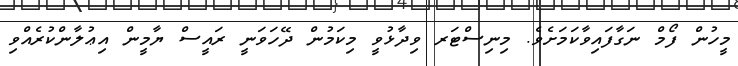
މީހުން ފޯމް ނަގާފައިވާކަމަށެވެ. މިނިސްޓަރ ވިދާޅުވީ މިކަމުން ދޭހަވަނީ ރައީސް ޔާމީން އިޢުލާންކުރެއްވި